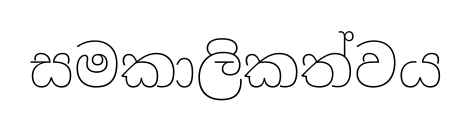
සමකාලිකත්වය